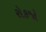
રોકજો